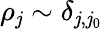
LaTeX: \rho_{\mathit{j}}\sim\delta_{\mathit{j},\mathit{j}_{0}}